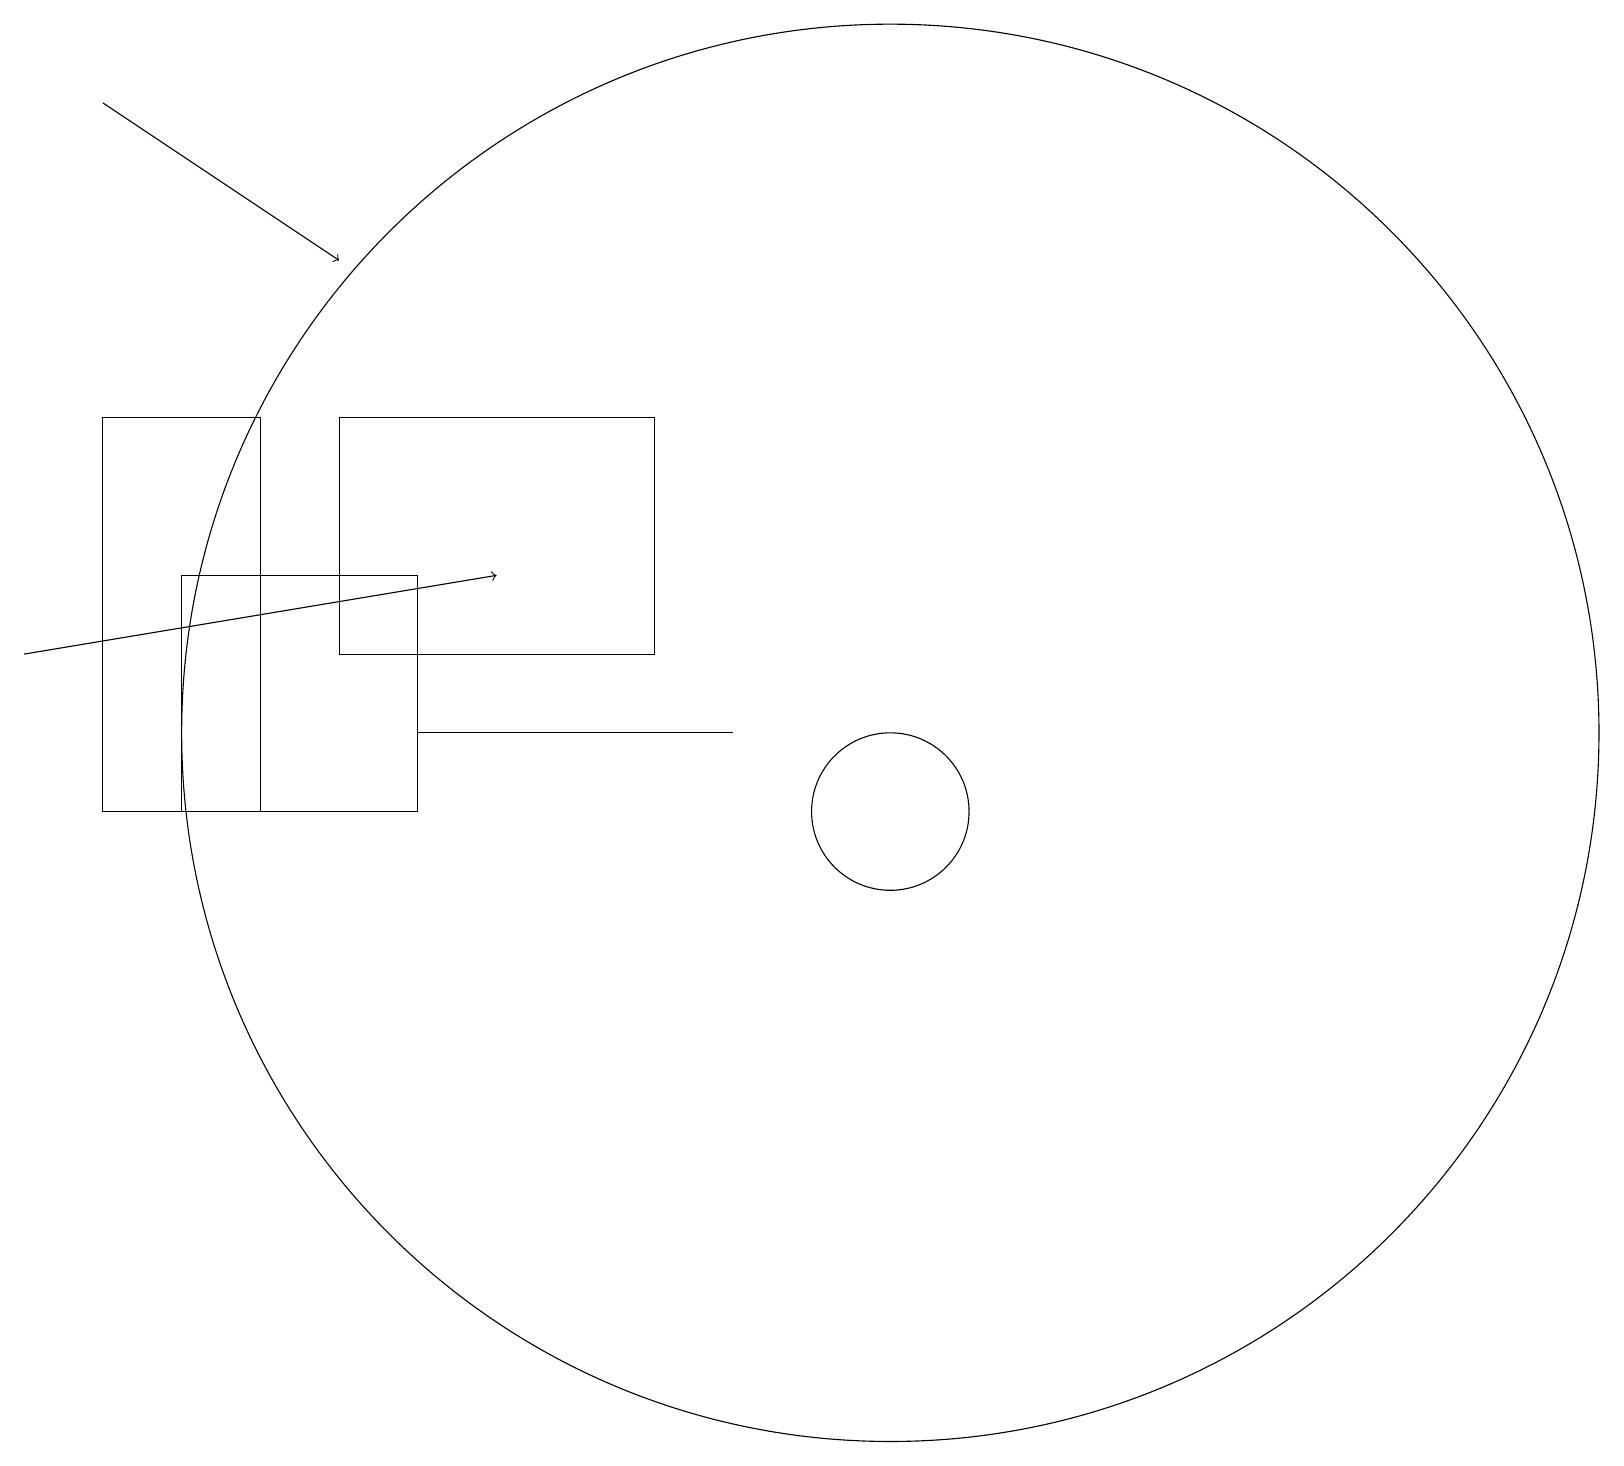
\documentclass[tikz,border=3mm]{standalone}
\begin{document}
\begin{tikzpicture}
\draw[->] (1,19) -- (4,17);
\draw (11,10) circle (1);
\draw (2,10) rectangle (5,13);
\draw[->] (0,12) -- (6,13);
\draw (1,15) rectangle (3,10);
\draw (11,11) circle (9);
\draw (4,15) rectangle (8,12);
\draw (5,11) rectangle (9,11);
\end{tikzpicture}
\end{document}